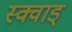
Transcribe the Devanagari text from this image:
स्क्वाड्